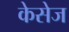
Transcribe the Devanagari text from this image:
केसेज